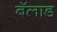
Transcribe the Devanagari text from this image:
बॅलाड